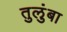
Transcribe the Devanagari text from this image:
तुलुंबा